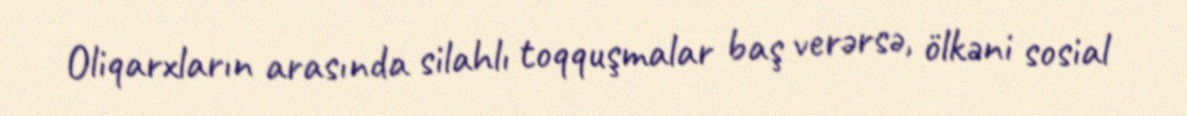
Oliqarxların arasında silahlı toqquşmalar baş verərsə, ölkəni sosial